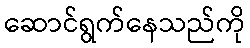
ဆောင်ရွက်နေသည်ကို